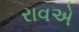
રાવએ